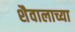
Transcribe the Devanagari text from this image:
शैवालाच्या